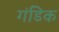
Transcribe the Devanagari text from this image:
गंडिक